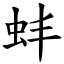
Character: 蚌